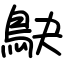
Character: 鴃